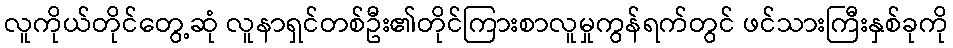
လူကိုယ်တိုင်တွေ့ဆုံ လူနာရှင်တစ်ဦး၏တိုင်ကြားစာလူမှုကွန်ရက်တွင် ဖင်သားကြီးနှစ်ခုကို